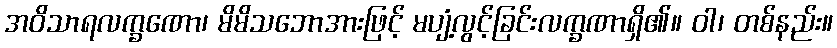
အဝိသာရလက္ခဏော၊ မိမိသဘောအားဖြင့် မပျံ့လွင့်ခြင်းလက္ခဏာရှိ၏။ ဝါ၊ တစ်နည်း။